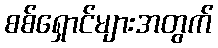
စစ်ရှောင်များအတွက်